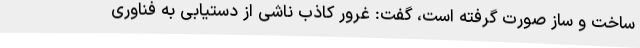
ساخت و ساز صورت گرفته است، گفت: غرور کاذب ناشی از دستیابی به فناوری